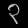
Digit: ၃